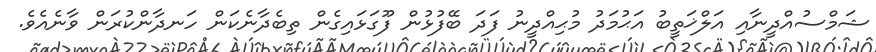
ޝަމްސުއްދީނާއި އަލްޚަތީބު އަޙުމަދު މުޙިއްދީނު ފަދަ ބޭފުޅުން ފޫގަޅައިގެން ތިބެދާނެކަން ހަނދާންކުރަން ވާނެއެވެ.